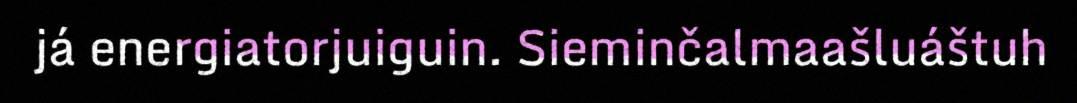
já energiatorjuiguin. Sieminčalmaašluáštuh